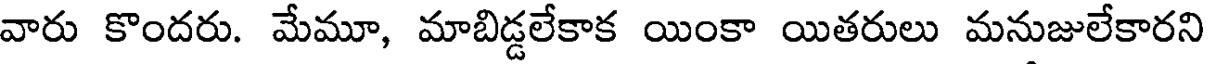
వారు కొందరు. మేమూ, మాబిడ్డలేకాక యింకా యితరులు మనుజులేకారని